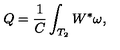
Q = \frac { 1 } { C } \int _ { T _ { 2 } } W ^ { * } \omega ,